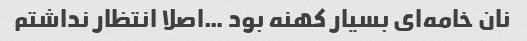
نان خامه‌ای بسیار کهنه بود …اصلا انتظار نداشتم